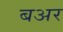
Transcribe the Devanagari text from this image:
बअर